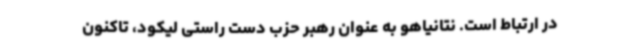
در ارتباط است. نتانیاهو به عنوان رهبر حزب دست راستی لیکود، تاکنون